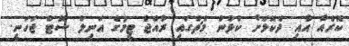
ކޮރެއާ އާއި ދެކޮޅަށް ކުޅުނު މެޗުގައި ރާއްޖެ ޓީމުގެ އަނިލް ސޮޓް ޖަހަނީ.